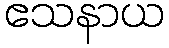
ဧသနာယ